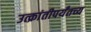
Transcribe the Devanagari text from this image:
उत्क्रांतीपर्यंतच्य